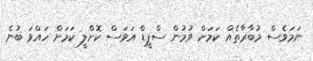
ނަމަވެސް މުބާރާތެއް ކަމަށް ވުމުން ސްޕީޑް އަވަސް ކޮށްލީ ކަމަށް ހައްވަ ބުނެ